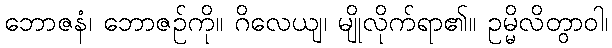
ဘောဇနံ၊ ဘောဇဉ်ကို။ ဂိလေယျ၊ မျိုလိုက်ရာ၏။ ဥမ္မိလိတွာဝါ၊